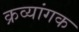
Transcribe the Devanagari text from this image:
क्रव्यांगक